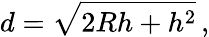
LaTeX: d={\sqrt{2Rh+h^{2}}}\, ,